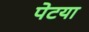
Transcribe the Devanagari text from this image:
पेटया